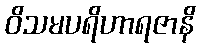
ဝိသမပရိဟာရဇာနိ